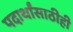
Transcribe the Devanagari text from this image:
पदार्थांसाठीही